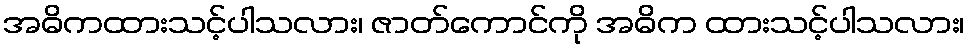
အဓိကထားသင့်ပါသလား၊ ဇာတ်ကောင်ကို အဓိက ထားသင့်ပါသလား၊